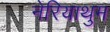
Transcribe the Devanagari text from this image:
नेरियाथुम